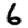
Digit: 6